Lunatic asylums Punjab 1911-1921 - 1911-1921
Year: 1911
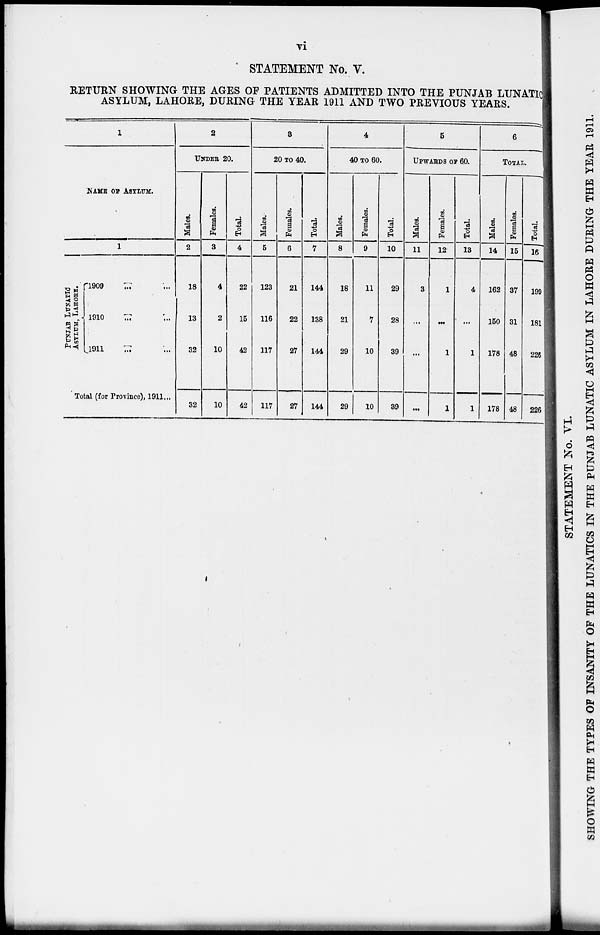
vi
STATEMENT No. V.
RETURN SHOWING THE AGES OF PATIENTS ADMITTED INTO THE PUNJAB LUNATIC
ASYLUM LAHORE DURING THE YEAR 1911 AND TWO PREVIOUS YEARS
1
NAME OF ASYLUM.
1
PUNJAB
LUNATIC
ASYLUM, LAHORE.
1909
...
...
1910 ... ...
1911
...
...
Total (for Province), 1911 ...
2
UNDER 20.
Males.
2
18
13
32
32
Females.
3
4
2
10
10
Total.
4
22
15
42
42
3
20 TO 40.
Males.
5
123
116
117
117
Females.
6
21
22
27
27
Total.
7
144
138
144
144
4
40 TO 60.
Males.
8
18
21
29
29
Females.
9
11
7
10
10
Total.
10
29
28
39
39
5
UPWARDS OF 60
Males.
11
3
...
...
...
Females.
12
1
...
1
1
Total.
13
4
...
1
1
6
TOTAL
Males.
14
162
150
178
178
Females.
15
37
31
48
48
Total.
16
199
181
226
226